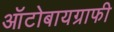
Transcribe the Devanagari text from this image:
ऑटोबायग्राफी